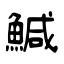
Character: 鰔